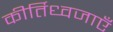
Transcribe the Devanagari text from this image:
कीर्तिध्वजाएँ